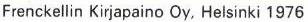
Frenckellin Kirjapaino Oy, Helsinki 1976